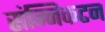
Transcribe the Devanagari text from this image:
संन्निकटन